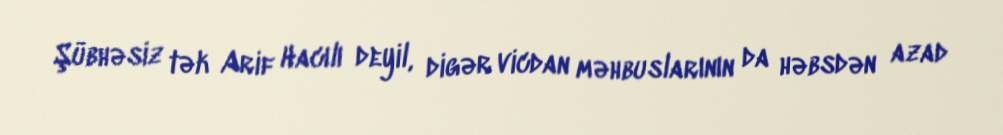
Şübhəsiz tək Arif Hacılı deyil, digər vicdan məhbuslarının da həbsdən azad